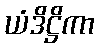
ယံဒိဋ္ဌိကာ